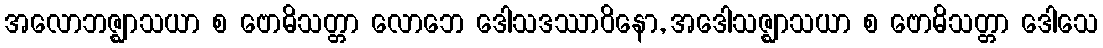
အလောဘဇ္ဈာသယာ စ ဗောဓိသတ္တာ လောဘေ ဒေါသဒဿာဝိနော, အဒေါသဇ္ဈာသယာ စ ဗောဓိသတ္တာ ဒေါသေ